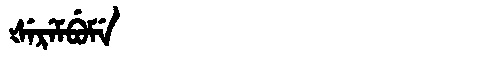
Manchu: ᡧᡝᡵᡝᠮᠪᡠᠮᡝ
Romanization: ŠEREMBUME